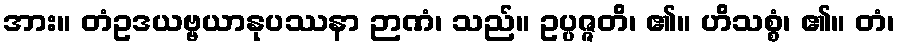
အား။ တံဥဒယဗ္ဗယာနုပဿနာ ဉာဏံ၊ သည်။ ဥပ္ပဇ္ဇတိ၊ ၏။ ဟိသစ္စံ၊ ၏။ တံ၊